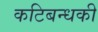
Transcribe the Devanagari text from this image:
कटिबन्धकी